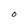
Character: O